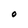
Character: O